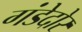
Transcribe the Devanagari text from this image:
गंडेदोर